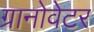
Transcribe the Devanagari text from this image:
ग्रानोवेटर